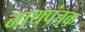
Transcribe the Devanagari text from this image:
नाथपंचक